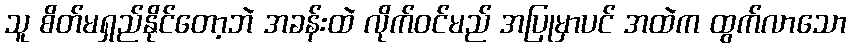
သူ စိတ်မရှည်နိုင်တော့ဘဲ အခန်းထဲ လိုက်ဝင်မည် အပြုမှာပင် အထဲက ထွက်လာသော